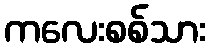
ကလေးစစ်သား